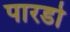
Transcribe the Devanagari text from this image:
पारडो